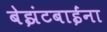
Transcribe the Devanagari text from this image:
बेझंटबाईंना